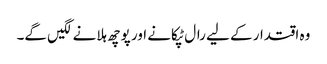
وہ اقتدار کے لیے رال ٹپکانے اور پوچھ ہلانے لگیں گے۔